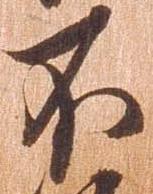
不